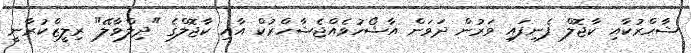
ޝާހްރުކާއި ކާޖޮލް ފެނިފައި ވަރުން ދަވަން އާޝޯހުވެއްޖެޝާހްރުކް އާއި ކާޖޮލްގެ "ދިލްވާލޭ" ރިލީޒްކުރާނީ